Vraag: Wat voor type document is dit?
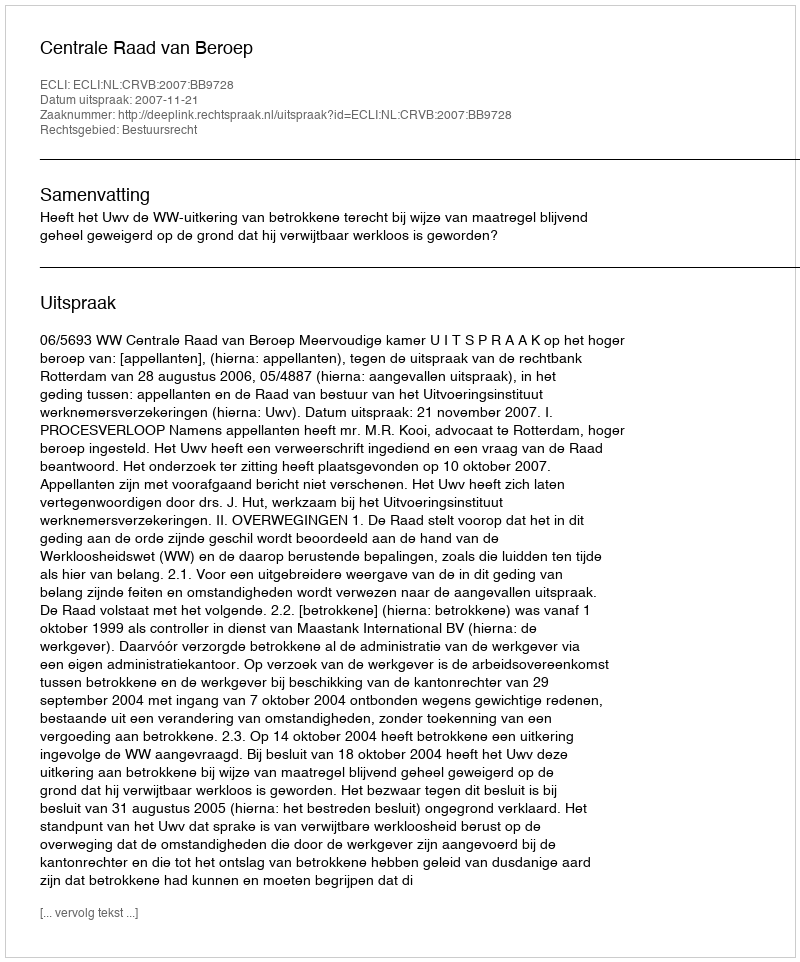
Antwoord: Uitspraak